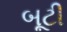
બૂટી